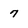
Character: 7